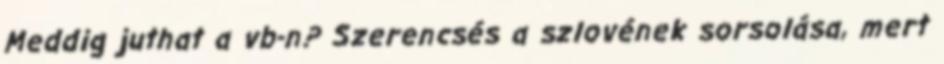
Meddig juthat a vb-n? Szerencsés a szlovének sorsolása, mert